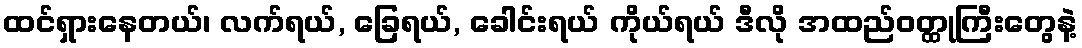
ထင်ရှားနေတယ်၊ လက်ရယ်, ခြေရယ်, ခေါင်းရယ် ကိုယ်ရယ် ဒီလို အထည်ဝတ္ထုကြီးတွေနဲ့